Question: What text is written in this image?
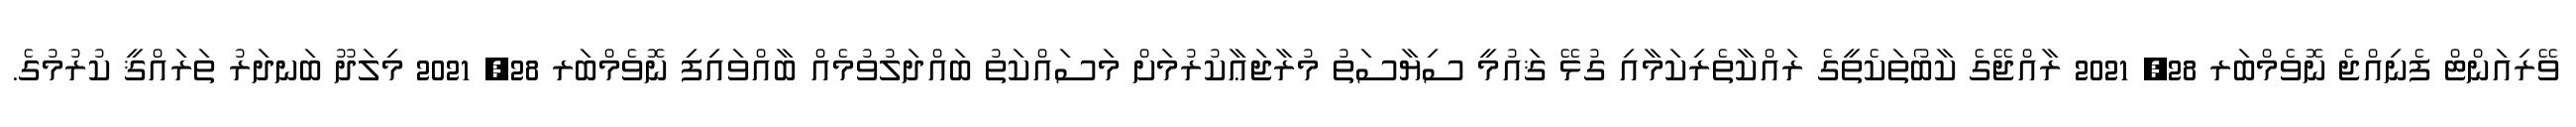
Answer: ވޭރިއަންޓް ފެނިއްޖެ ނޮވެމްބަރ 28, 2021 ރާއްޖޭގެ ކާބޯތަކެތީގެ ރައްކާތެރިކަމާއި ގުޅޭ ޤައުމީ ސިޔާސަތު މުރާޖަޢާކުރުމަށް މަސައްކަތު ބައްދަލުވުމެއް ބާއްވައިފި ނޮވެމްބަރ 28, 2021 މިލަދޫ ބަނދަރު ތަރައްޤީ ކުރުމުގެ.